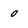
Character: 0